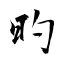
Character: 旳